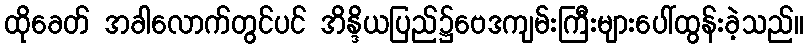
ထိုခေတ် အခါလောက်တွင်ပင် အိန္ဒိယပြည်၌ဗေဒကျမ်းကြီးများပေါ်ထွန်းခဲ့သည်။